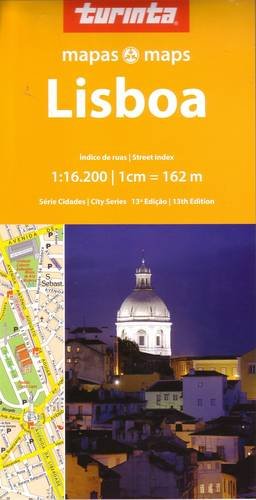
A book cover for Lisboa (Lisbon) (City Series); Travel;